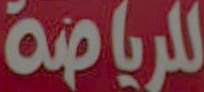
للرياضة